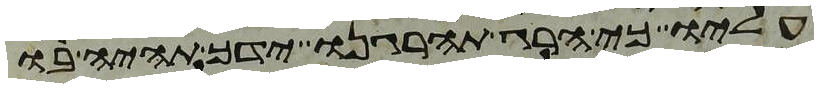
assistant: עליו כי הרג תהרגנו ידך תהיה בו